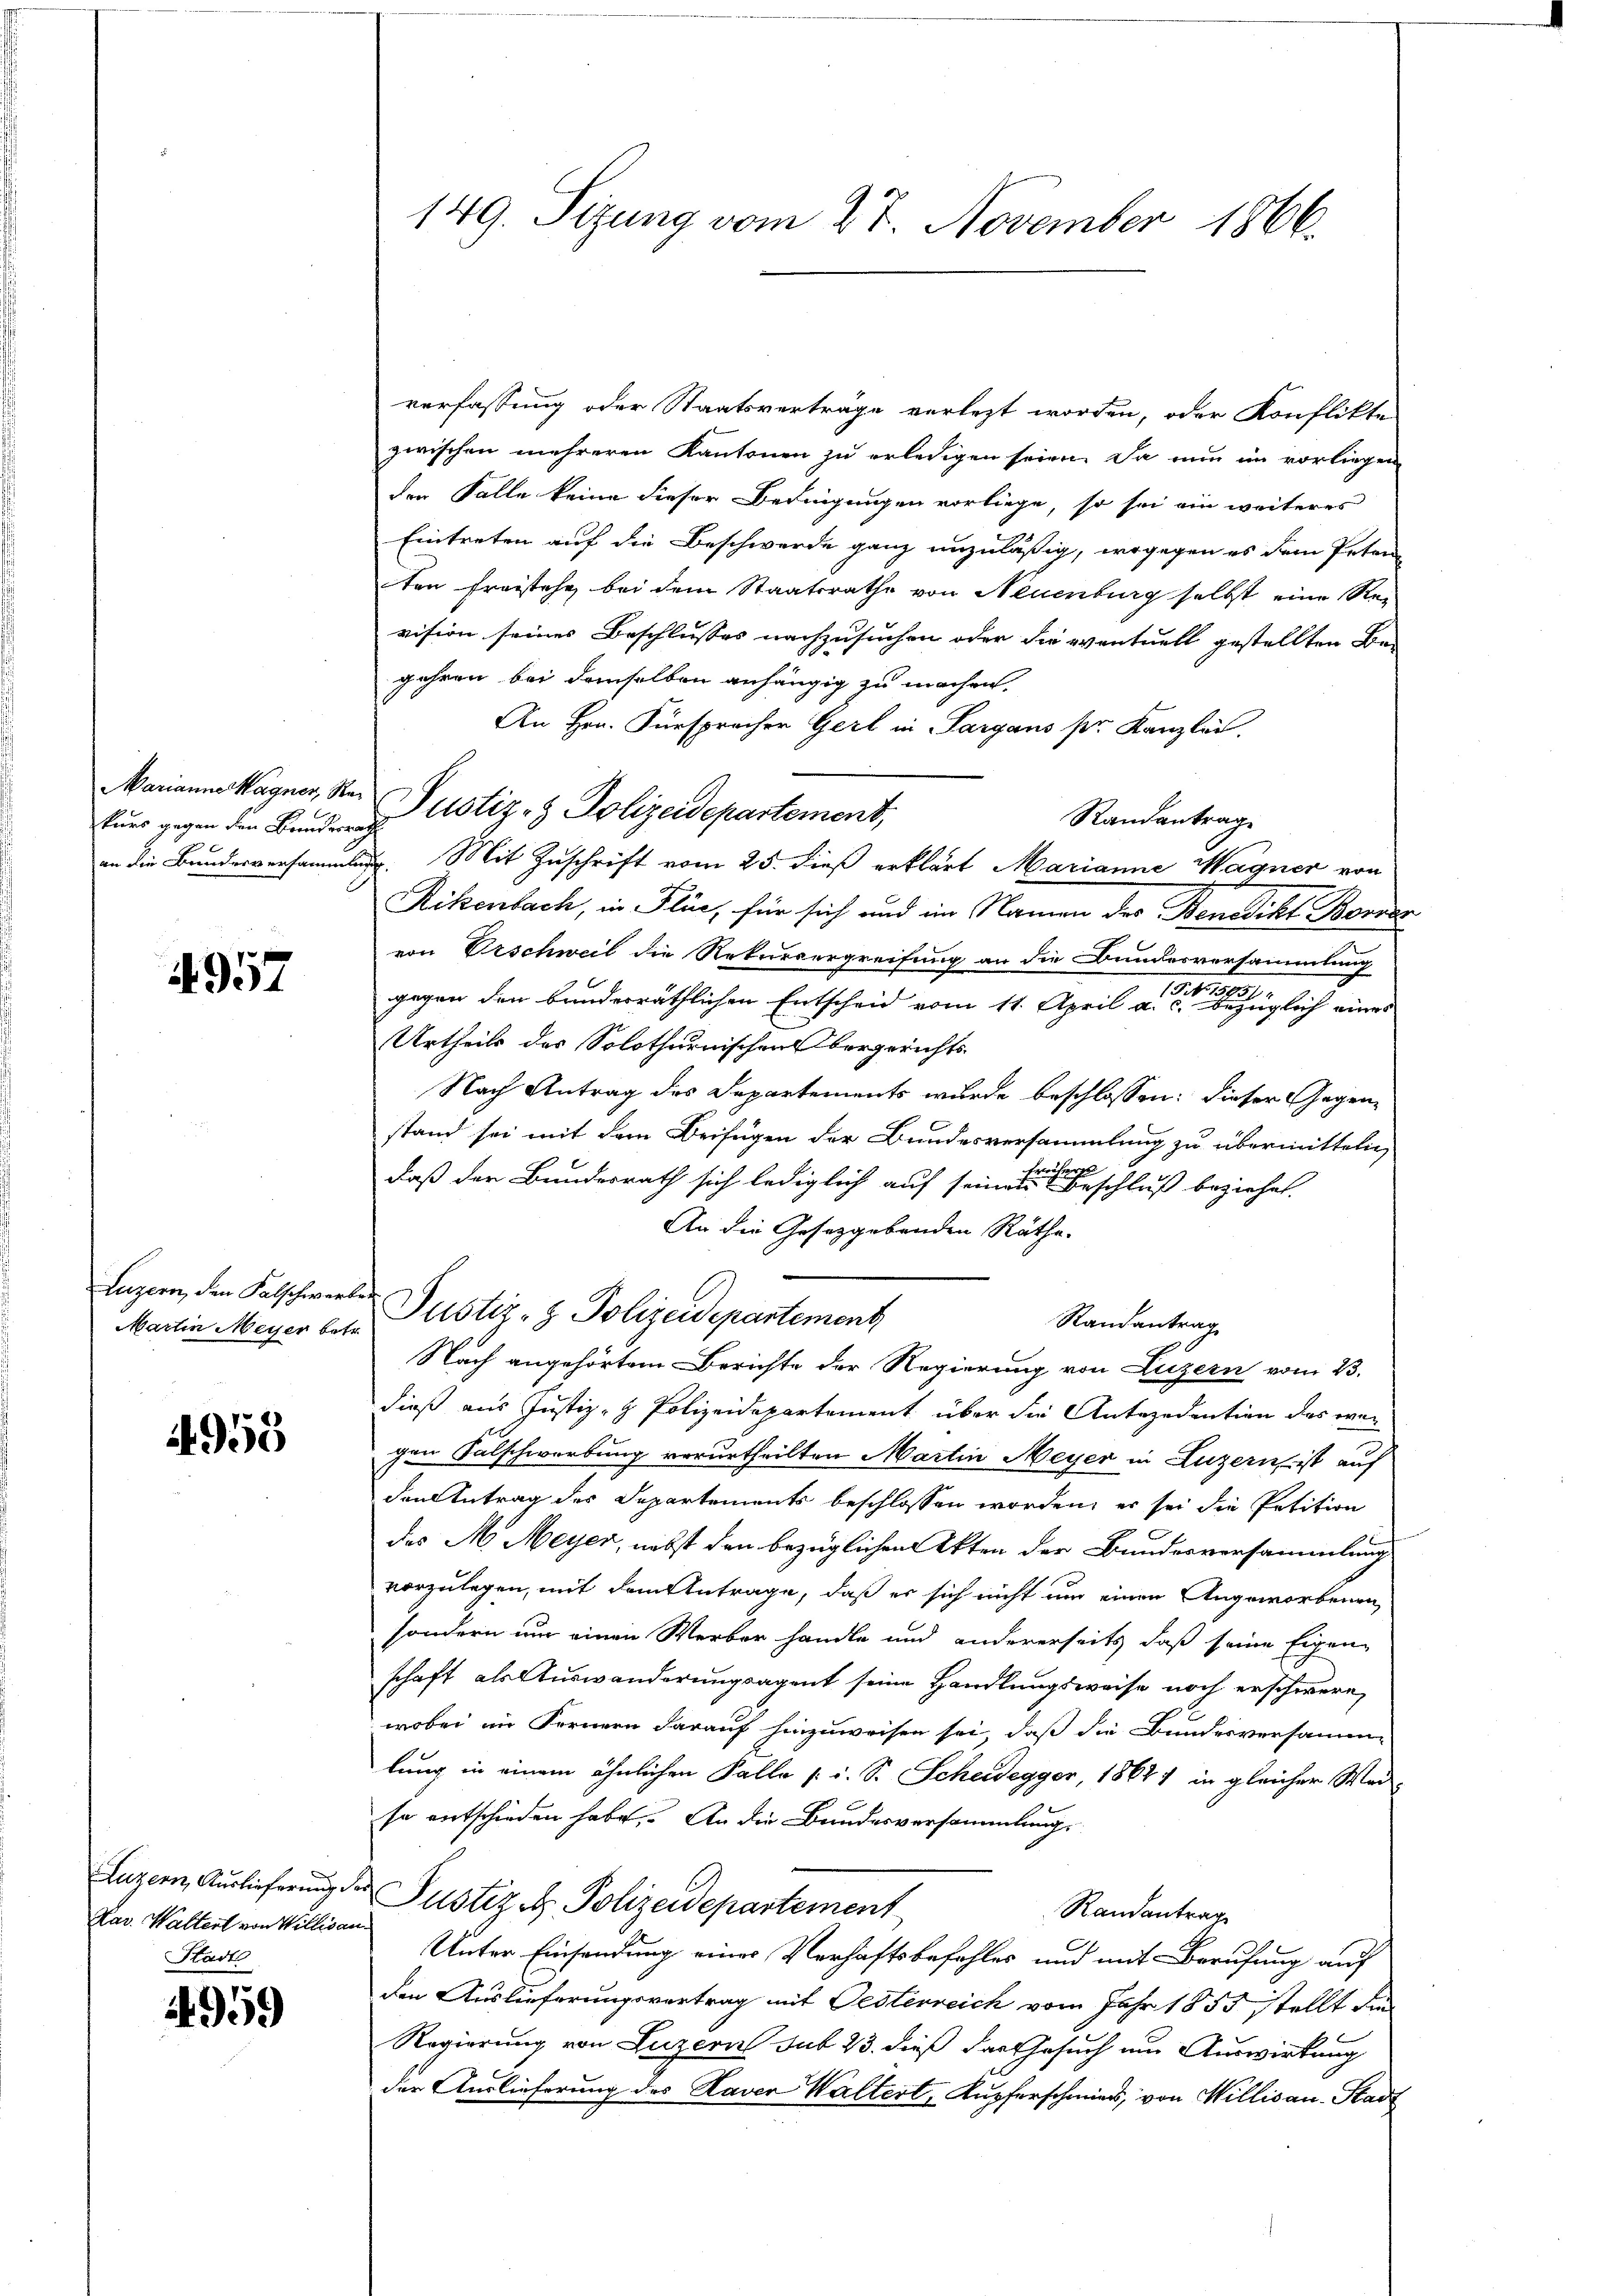
Marianna Magner, Rakurs gegen den Bundesra
an die Banderversammlung

4957

Luzern, den Falschwerken
Martin Meyer betr.

i. 955

Luzern, Auslieferung der
Hav. Waltent von Willican.
Stadt

4959

149. Sizung vom 27. November 1866.

verfassung oder Staatsverträge verlezt worden, oder Konflikte
zwischen mehreren Kantonen zu erledigen seien. Da nun im vorliegen
der Falle keine dieser Bedingungen vorliege, so sei ein weiteres
Eintreten auf die Beschwerde ganz unzuläßig, wogegen es dem Peten
ten Freistehe bei dem Staatsrathe von Neuenburg selbst eine Re-
vision seines Beschlusses nachzusuchen oder die eventuell gestellten Be-
gahren bei demselben anhängig zu machen,
An Hrn. Fürspracher Gerl in Sargaus pr. Kanzlei.
Randantrag
. Mit Zuschrift vom 25. dieß erklärt Marianne Wagner von
Rikenbach, in Flüe, für sich und im Namen des Benedikt Borers
von Urschweil die Rekurrergreifung an die Bundesversammlung
gegen den bunderräthlichen Entscheid vom 11. April a. c. bezüglich eines
Urtheils des Solothurnischen Obergerichts-
Nach Antrag des Departements wurde beschlossen: dieser Gegenstand sei mit dem Beifügen der Bundesversammlung zu übermitteln,
weises
daß der Bundesrath sich lediglich auf seinen Beschluß beziehet.
An die Gesetzgebenden Räthe.
Justiz- & Polizeidepartement
Randantrag
Nach angehörtem Berichte der Regierung von Luzern vom 23.
dieß aus Justiz- & Polizeidepartement über die Antezedention des war
gen Falschwerbung verurtheilten Martin Meyer in Luzern ist auf
den Antrag des Departements beschlossen worden, er sei die Petition
des M. Meyer, nebst den bezüglichen Akten der Bundesversammlung
vorzulegen, mit dem Antrage, daß er sich nicht um einen Angeworbenen
sondern nur einen Werber handle und andererseits daß seine Eigen-
schaft als Auswanderungsagent seine Handlungsweise noch erschwere,
wobei im Fernern darauf hinzuweisen sei, daß die Bundesversamme
lung in einem ähnlichen Palla (: i. S. Scheidegger 1864) in gleicher War-
so entschieden habe. An die Bundesversammlung
Justiz- & Polizeidepartement
Randantrag
Unter Einsendung einer Verhaftsbefehles und mit Berufung auf
den Auslieferungsvertrag mit Oesterreich vom Jahr 1855 stellt die
Regierung von Luzern sub 23. dieß das Gesuch am Auswirkung
der Auslieferung des Haver Waltert, Kupferschmier, von Willisau-Stadt

Justiz- & Polizeidepartement,